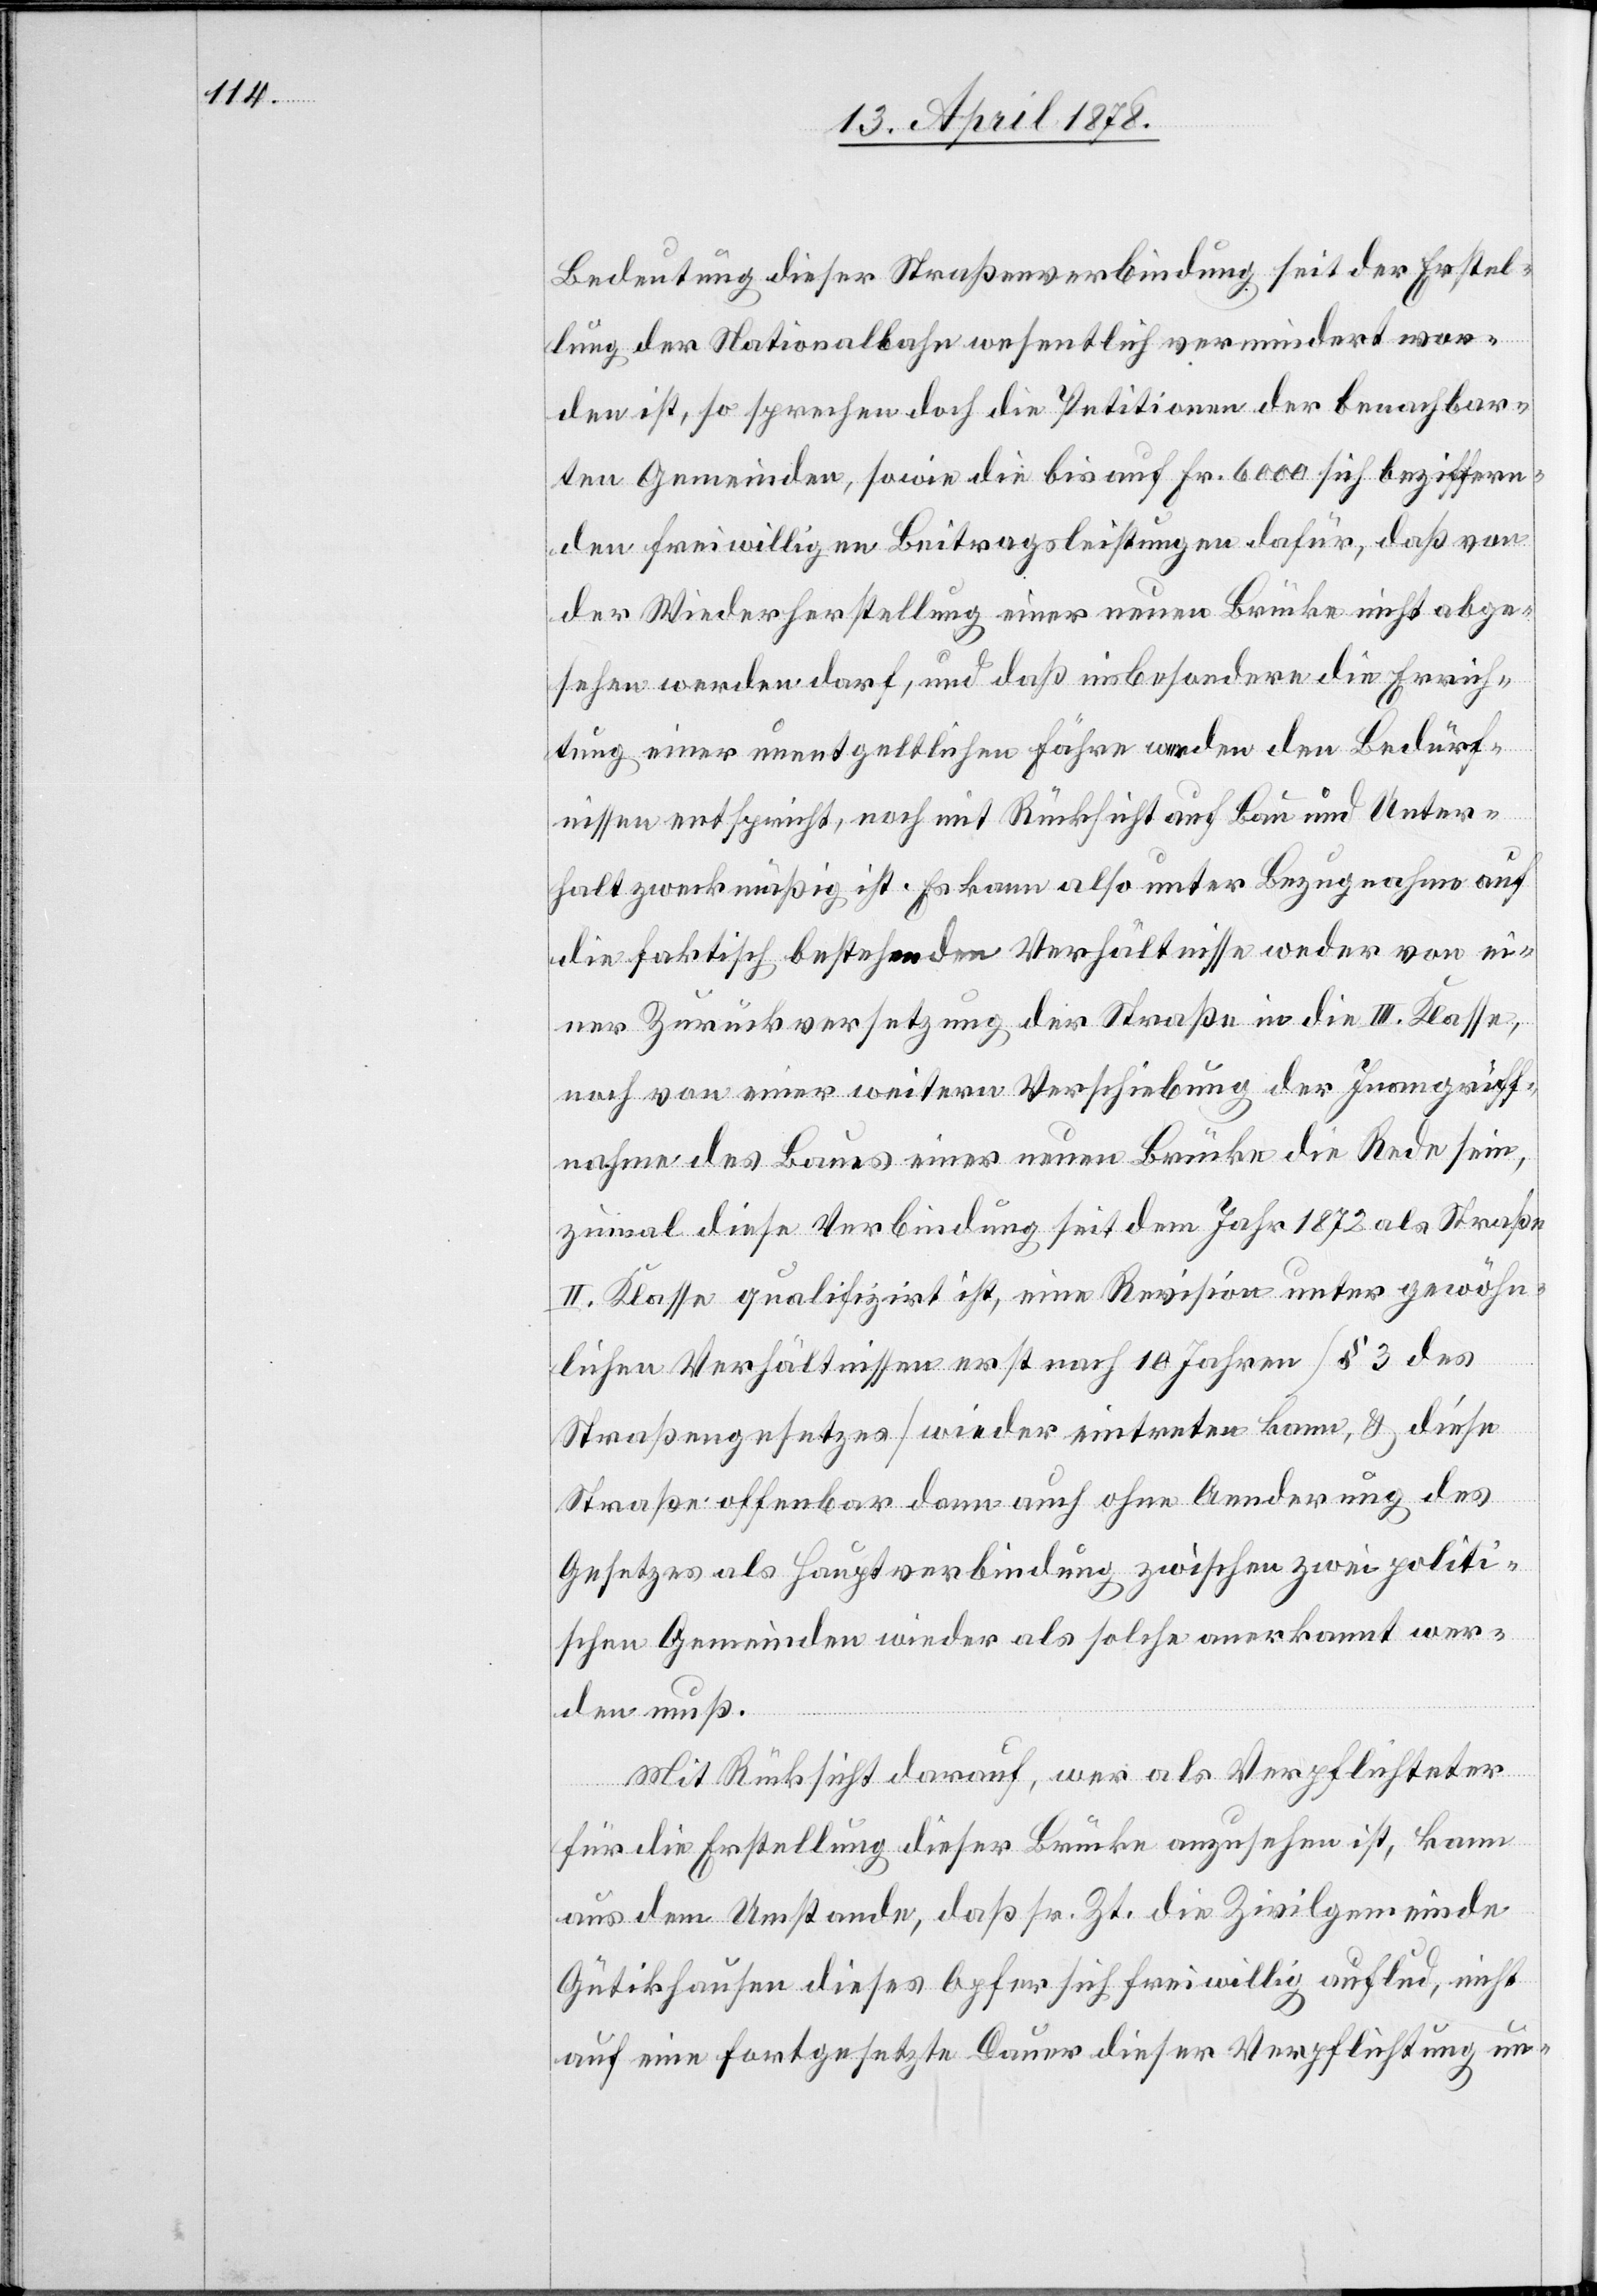
Bedeutung dieser Straßenverbindung seit der Erstel¬
lung der Nationalbahn wesentlich vermindert wor¬
den ist, so sprechen doch die Petitionen der benachbar¬
ten Gemeinden, sowie die bis auf Fr. 6000 sich beziffern¬
den freiwilligen Beitragsleistungen dafür, daß von
der Wiederherstellung einer neuen Brücke nicht abge¬
sehen werden darf, und daß insbesondere die Errich¬
tung einer unentgeltlichen Fähre weder den Bedürf¬
nissen entspricht, noch mit Rücksicht auf Bau und Unter¬
halt zweckmäßig ist. Es kann also unter Bezugnahme auf
die faktisch bestehenden Verhältnisse weder von ei¬
ner Zurückversetzung der Straße in die III. Klasse,
noch von einer weitern Verschiebung der Inangriff¬
nahme des Baues einer neuen Brücke die Rede sein,
zumal diese Verbindung seit dem Jahr 1872 als Straße
II. Klasse qualifizirt ist, eine Revision unter gewöhn¬
lichen Verhältnissen erst nach 10 Jahren (§ 13 des
Straßengesetzes) wieder eintreten kann, & diese
Straße offenbar dann auch ohne Aenderung des
Gesetzes als Hauptverbindung zwischen zwei politi¬
schen Gemeinden wieder als solche anerkannt wer¬
den muß.
Mit Rücksicht darauf, wer als Verpflichteter
für die Erstellung dieser Brücke anzusehen ist, kann
aus dem Umstande, daß sr. Zeit die Zivilgemeinde
Gütikhausen dieses Opfer sich freiwillig auflud, nicht
auch eine fortgesetzte Dauer dieser Verpflichtung un-